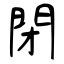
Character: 閉